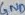
Text: GND